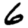
Digit: 6